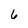
Character: 6